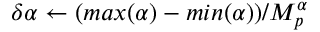
\delta \alpha \gets ( m a x ( \alpha ) - m i n ( \alpha ) ) / M _ { p } ^ { \alpha }